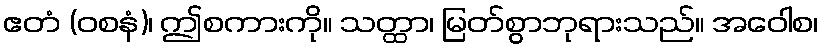
ဧတံ (ဝစနံ)၊ ဤစကားကို။ သတ္ထာ၊ မြတ်စွာဘုရားသည်။ အဝေါစ၊